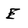
Character: E